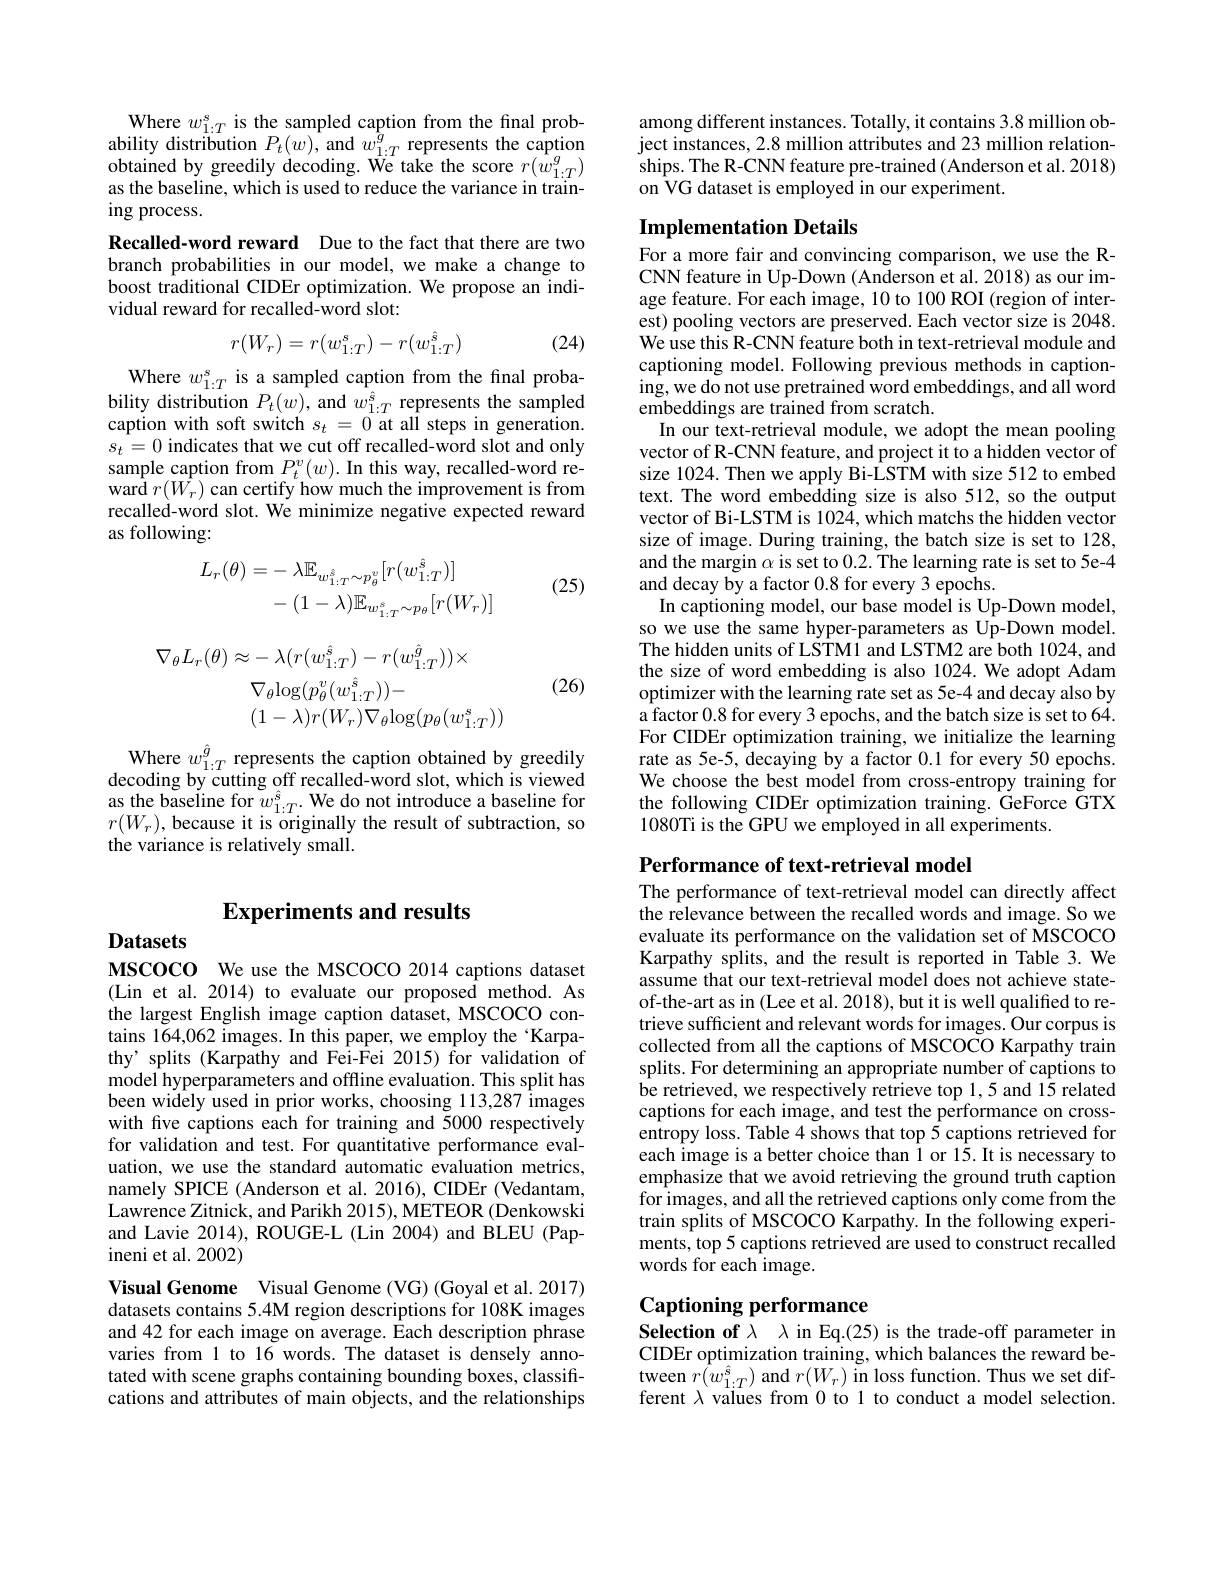
## Experiments and results

Datasets

MSCOCO We use the MSCOCO 2014 captions dataset (Lin et al. 2014) to evaluate our proposed method. As the largest English image caption dataset, MSCOCO contains 164,062 images. In this paper, we employ the ‘Karpathy' splits (Karpathy and Fei-Fei 2015) for validation of model hyperparameters and offline evaluation. This split has been widely used in prior works, choosing 113,287 images with five captions each for training and 5000 respectively for validation and test. For quantitative performance evaluation, we use the standard automatic evaluation metrics, namely SPICE (Anderson et al. 2016), CIDEr (Vedantam, Lawrence Zitnick, and Parikh 2015), METEOR (Denkowski and Lavie 2014), ROUGE-L (Lin 2004) and BLEU (Papineni et al. 2002)

Visual Genome Visual Genome (VG) (Goyal et al.2017) datasets contains 5.4M region descriptions for 108K images and 42 for each image on average. Each description phrase varies from 1 to 16 words. The dataset is densely annotated with scene graphs containing bounding boxes, classifications and attributes of main objects, and the relationships

Where $w_{1:T}^{s}$ is the sampled caption from the final probability distribution $P_t(w)$, and $w_{1:T}^{g}$ represents the caption obtained by greedily decoding. We take the score $r(w_{1:T}^{g})$as the baseline, which is used to reduce the varianc
ing process.
Recalled-word reward Due to the fact that there are two branch probabilities in our model, we make a change to boost traditional CIDEr optimization. We propose an individual reward for recalled-word slot:
$$r(W_r)=r(w_{1:T}^s)-r(w_{1:T}^{\hat{s}})$$
(24)

Where $w_1:T^s$ is a sampled caption from the final probability distribution $P_t(w)$, and $w_{1:T}^{\hat{s}}$ represents the sampled caption with soft switch $s_t=0$ at all steps in generation. $s_t=0$ indicates that we cut off recalled-word slot and only sample caption from $P_{t}^{v}(w).$ In this way, recalled-word reward $r(\hat{W}_{r})$ can certify how much the improvement is from recalled-word slot. We minimize negative expected reward as following:

(25)
$$\begin{aligned}L_{r}(\theta)&=-\:\lambda\mathbb{E}_{w_{1:T}^{\hat{s}}\sim p_{\theta}^{v}}[r(w_{1:T}^{\hat{s}})]\\&-(1-\lambda)\mathbb{E}_{w_{1:T}^{s}\sim p_{\theta}}[r(W_{r})]\end{aligned}$$
(26)
$$\begin{aligned}\nabla_{\theta}L_{r}(\theta)&\approx-\:\lambda(r(w_{1:T}^{\hat{s}})-r(w_{1:T}^{\hat{g}}))\times\\&\nabla_{\theta}\mathrm{log}(p_{\theta}^{v}(w_{1:T}^{\hat{s}}))-\\&(1-\lambda)r(W_{r})\nabla_{\theta}\mathrm{log}(p_{\theta}(w_{1:T}^{s}))\end{aligned}$$
$\begin{array}{c}{\mathrm{Where~}w_{1:T}^{\hat{g}}\text{ represents the caption obtained by greedily}}\\{\mathrm{decoding~by~cutting~off~recalled-word~slot,~which~is~viewed}}\\\end{array}$ $\begin{array}{l}{\text{as the baseline for }w_{1:T}^{\hat{s}}.\text{We do not introduce a baseline for}}\\{r(W_{r}),\text{because it is originally the result of subtraction, so}}\end{array}$ the variance is relatively small.

among different instances. Totally, it contains 3.8 million object instances, 2.8 million attributes and 23 million relationships. The R-CNN feature pre-trained (Anderson et al. 2018) on VG dataset is employed in our experiment.

## Implementation Details

For a more fair and convincing comparison, we use the RCNN feature in Up-Down (Anderson et al. 2018) as our image feature. For each image, 10 to 100 ROI (region of interest) pooling vectors are preserved. Each vector size is 2048. We use this R-CNN feature both in text-retrieval module and captioning model. Following previous methods in captioning, we do not use pretrained word embeddings, and all word embeddings are trained from scratch
In our text-retrieval module, we adopt the mean pooling vector of R-CNN feature, and project it to a hidden vector of size 1024. Then we apply Bi-LSTM with size 512 to embed text. The word embedding size is also 512, so the output vector of Bi-LSTM is 1024, which matchs the hidden vector size of image. During training, the batch size is set to 128, and the margin $\alpha$ is set to 0.2. The learning rate is set to 5e-4 and decay by a factor 0.8 for every 3 epochs.
In captioning model, our base model is Up-Down model, so we use the same hyper-parameters as Up-Down model. The hidden units of LSTMl and LSTM2 are both 1024, and the size of word embedding is also 1024. We adopt Adam optimizer with the learning rate set as 5e-4 and decay also by a factor 0.8 for every 3 epochs, and the batch size is set to 64. For CIDEr optimization training, we initialize the learning rate as 5e-5, decaying by a factor 0.1 for every 50 epochs. We choose the best model from cross-entropy training for the following CIDEr optimization training. GeForce GTX 1080Ti is the GPU we employed in all experiments.

Performance of text-retrieval model
The performance of text-retrieval model can directly affect

the relevance between the recalled words and image. So we evaluate its performance on the validation set of MSCOCO Karpathy splits, and the result is reported in Table 3. We assume that our text-retrieval model does not achieve stateof-the-art as in (Lee et al. 2018), but it is well qualifted to retrieve sufficient and relevant words for images. Our corpus is collected from all the captions of MSCOCO Karpathy train splits. For determining an appropriate number of captions to be retrieved, we respectively retrieve top 1,5 and 15 related captions for each image, and test the performance on crossentropy loss. Table 4 shows that top 5 captions retrieved for each image is a better choice than $\hat{1}$ or 15. It is necessary to emphasize that we avoid retrieving the ground truth caption for images, and all the retrieved captions only come from the train splits of MSCOCO Karpathy. In the following experiments, top 5 captions retrieved are used to construct recalled words for each image.

# Captioning performance Selection of $\lambda$ λ in Eq.(25) is the trade-off parameter in

CIDEr optimization training, which balances the reward between $r(w_{1:T}^{\hat{s}})$ and $r(W_{r})$ in loss function. Thus we set different $\lambda$ values from 0 to 1 to conduct a model selection.